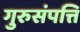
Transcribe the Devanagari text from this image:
गुरुसंपत्ति